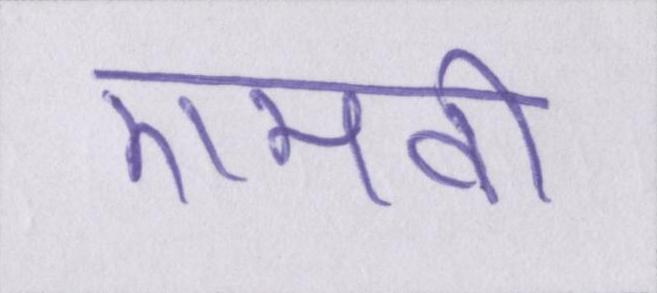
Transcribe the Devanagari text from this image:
एमवी